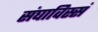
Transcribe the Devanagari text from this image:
संघाविस्सं